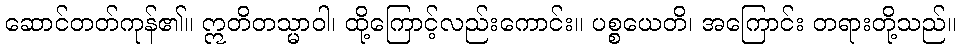
ဆောင်တတ်ကုန်၏။ ဣတိတသ္မာဝါ၊ ထို့ကြောင့်လည်းကောင်း။ ပစ္စယေတိ၊ အကြောင်း တရားတို့သည်။